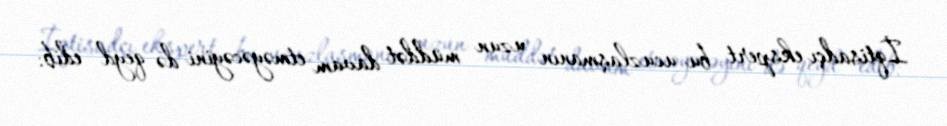
İqtisadçı ekspert bu ucuzlaşmanın uzun müddət davam etməyəcəyini də qeyd edib: